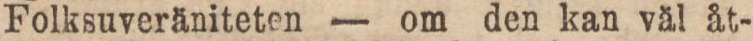
Folksuveräniteten — om den kan väl åt-